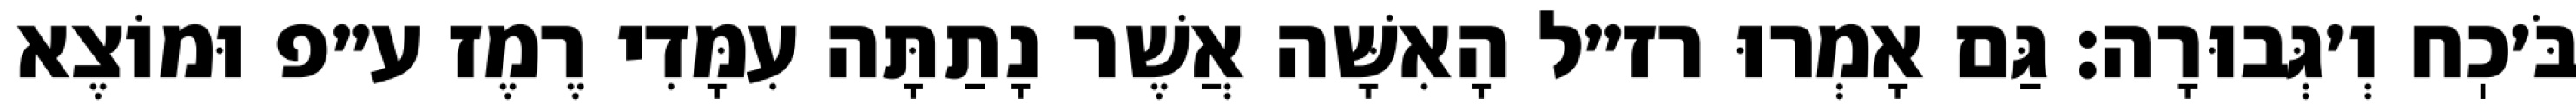
בֹּ׳כֽח וְ׳גְּבוּרָה: גַּם אָמְרוּ רז״ל הָאִשָּׁה אֲשֶׁר נָתַתָּה עִמָּדִי רֶמֶז ע״פ וּמוֹצֶא